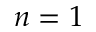
n = 1